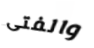
والفتى